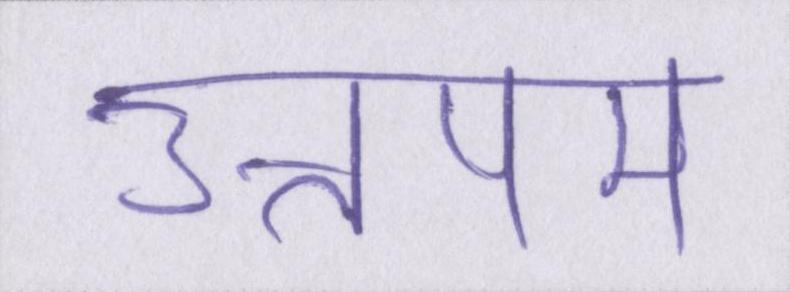
उत्तपम